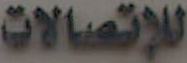
للإتصالات